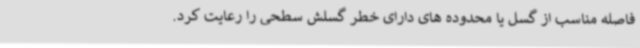
فاصله مناسب از گسل یا محدوده های دارای خطر گسلش سطحی را رعایت کرد.